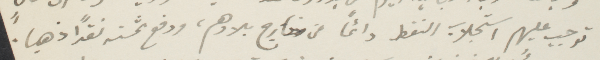
توجب عليهم استجلاب النفط دائمًا من خارج بلادهم، ودفع ثمنه نقدًا ذهبًا